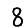
Digit: 8